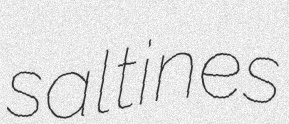
saltines